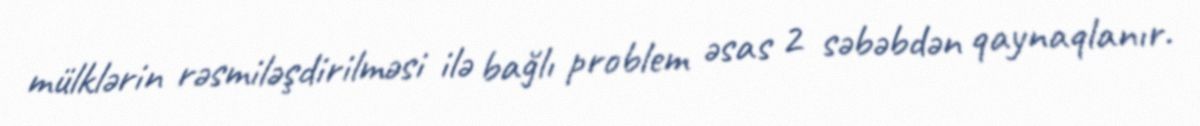
mülklərin rəsmiləşdirilməsi ilə bağlı problem əsas 2 səbəbdən qaynaqlanır.